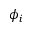
\phi _ { i }